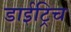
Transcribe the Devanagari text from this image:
डाईट्रिच